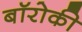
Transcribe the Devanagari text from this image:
बॉरोकी